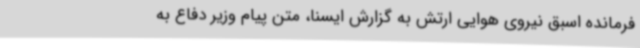
فرمانده اسبق نیروی هوایی ارتش به گزارش ایسنا، متن پیام وزیر دفاع به